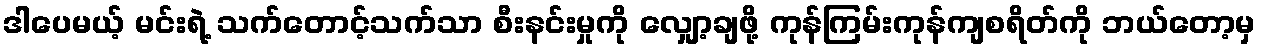
ဒါပေမယ့် မင်းရဲ့ သက်တောင့်သက်သာ စီးနင်းမှုကို လျှော့ချဖို့ ကုန်ကြမ်းကုန်ကျစရိတ်ကို ဘယ်တော့မှ